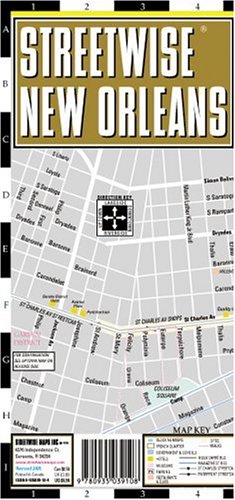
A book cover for Streetwise New Orleans (National & International Titles); Michael Brown; Travel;